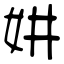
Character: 妌